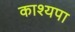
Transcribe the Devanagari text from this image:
काश्यपा